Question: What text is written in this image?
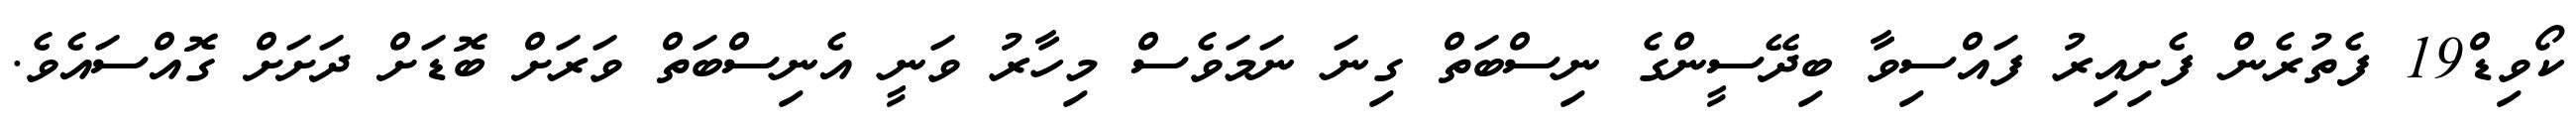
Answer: ކޯވިޑް19 ފެތުރެން ފެށިއިރު ފައްސިވާ ބިދޭސީންގެ ނިސްބަތް ގިނަ ނަމަވެސް މިހާރު ވަނީ އެނިސްބަތް ވަރަށް ބޮޑަށް ދަށަށް ގޮއްސައެވެ.